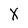
Character: X